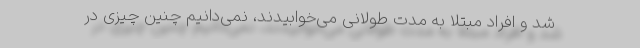
شد و افراد مبتلا به مدت طولانی می‌خوابیدند، نمی‌دانیم چنین چیزی در